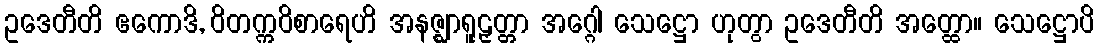
ဥဒေတီတိ ဧကောဒိ, ဝိတက္ကဝိစာရေဟိ အနဇ္ဈာရူဠှတ္တာ အဂ္ဂေါ သေဋ္ဌော ဟုတွာ ဥဒေတီတိ အတ္ထော။ သေဋ္ဌောပိ